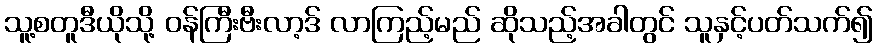
သူ့စတူဒီယိုသို့ ဝန်ကြီးဗီးလာ့ဒ် လာကြည့်မည် ဆိုသည့်အခါတွင် သူနှင့်ပတ်သက်၍